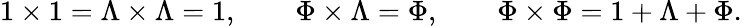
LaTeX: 1\times 1=\Lambda\times\Lambda=1,\quad\quad\Phi\times\Lambda=\Phi,\quad\quad\Phi\times\Phi=1+\Lambda+\Phi.